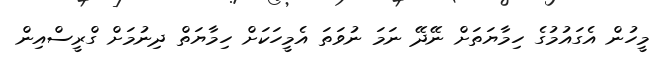
މީހުން އެގައުމުގެ ހިމާޔަތަށް ނޭދޭ ނަމަ ނުވަތަ އެމީހަކަށް ހިމާޔަތް ދިނުމަށް ގްރީސްއިން